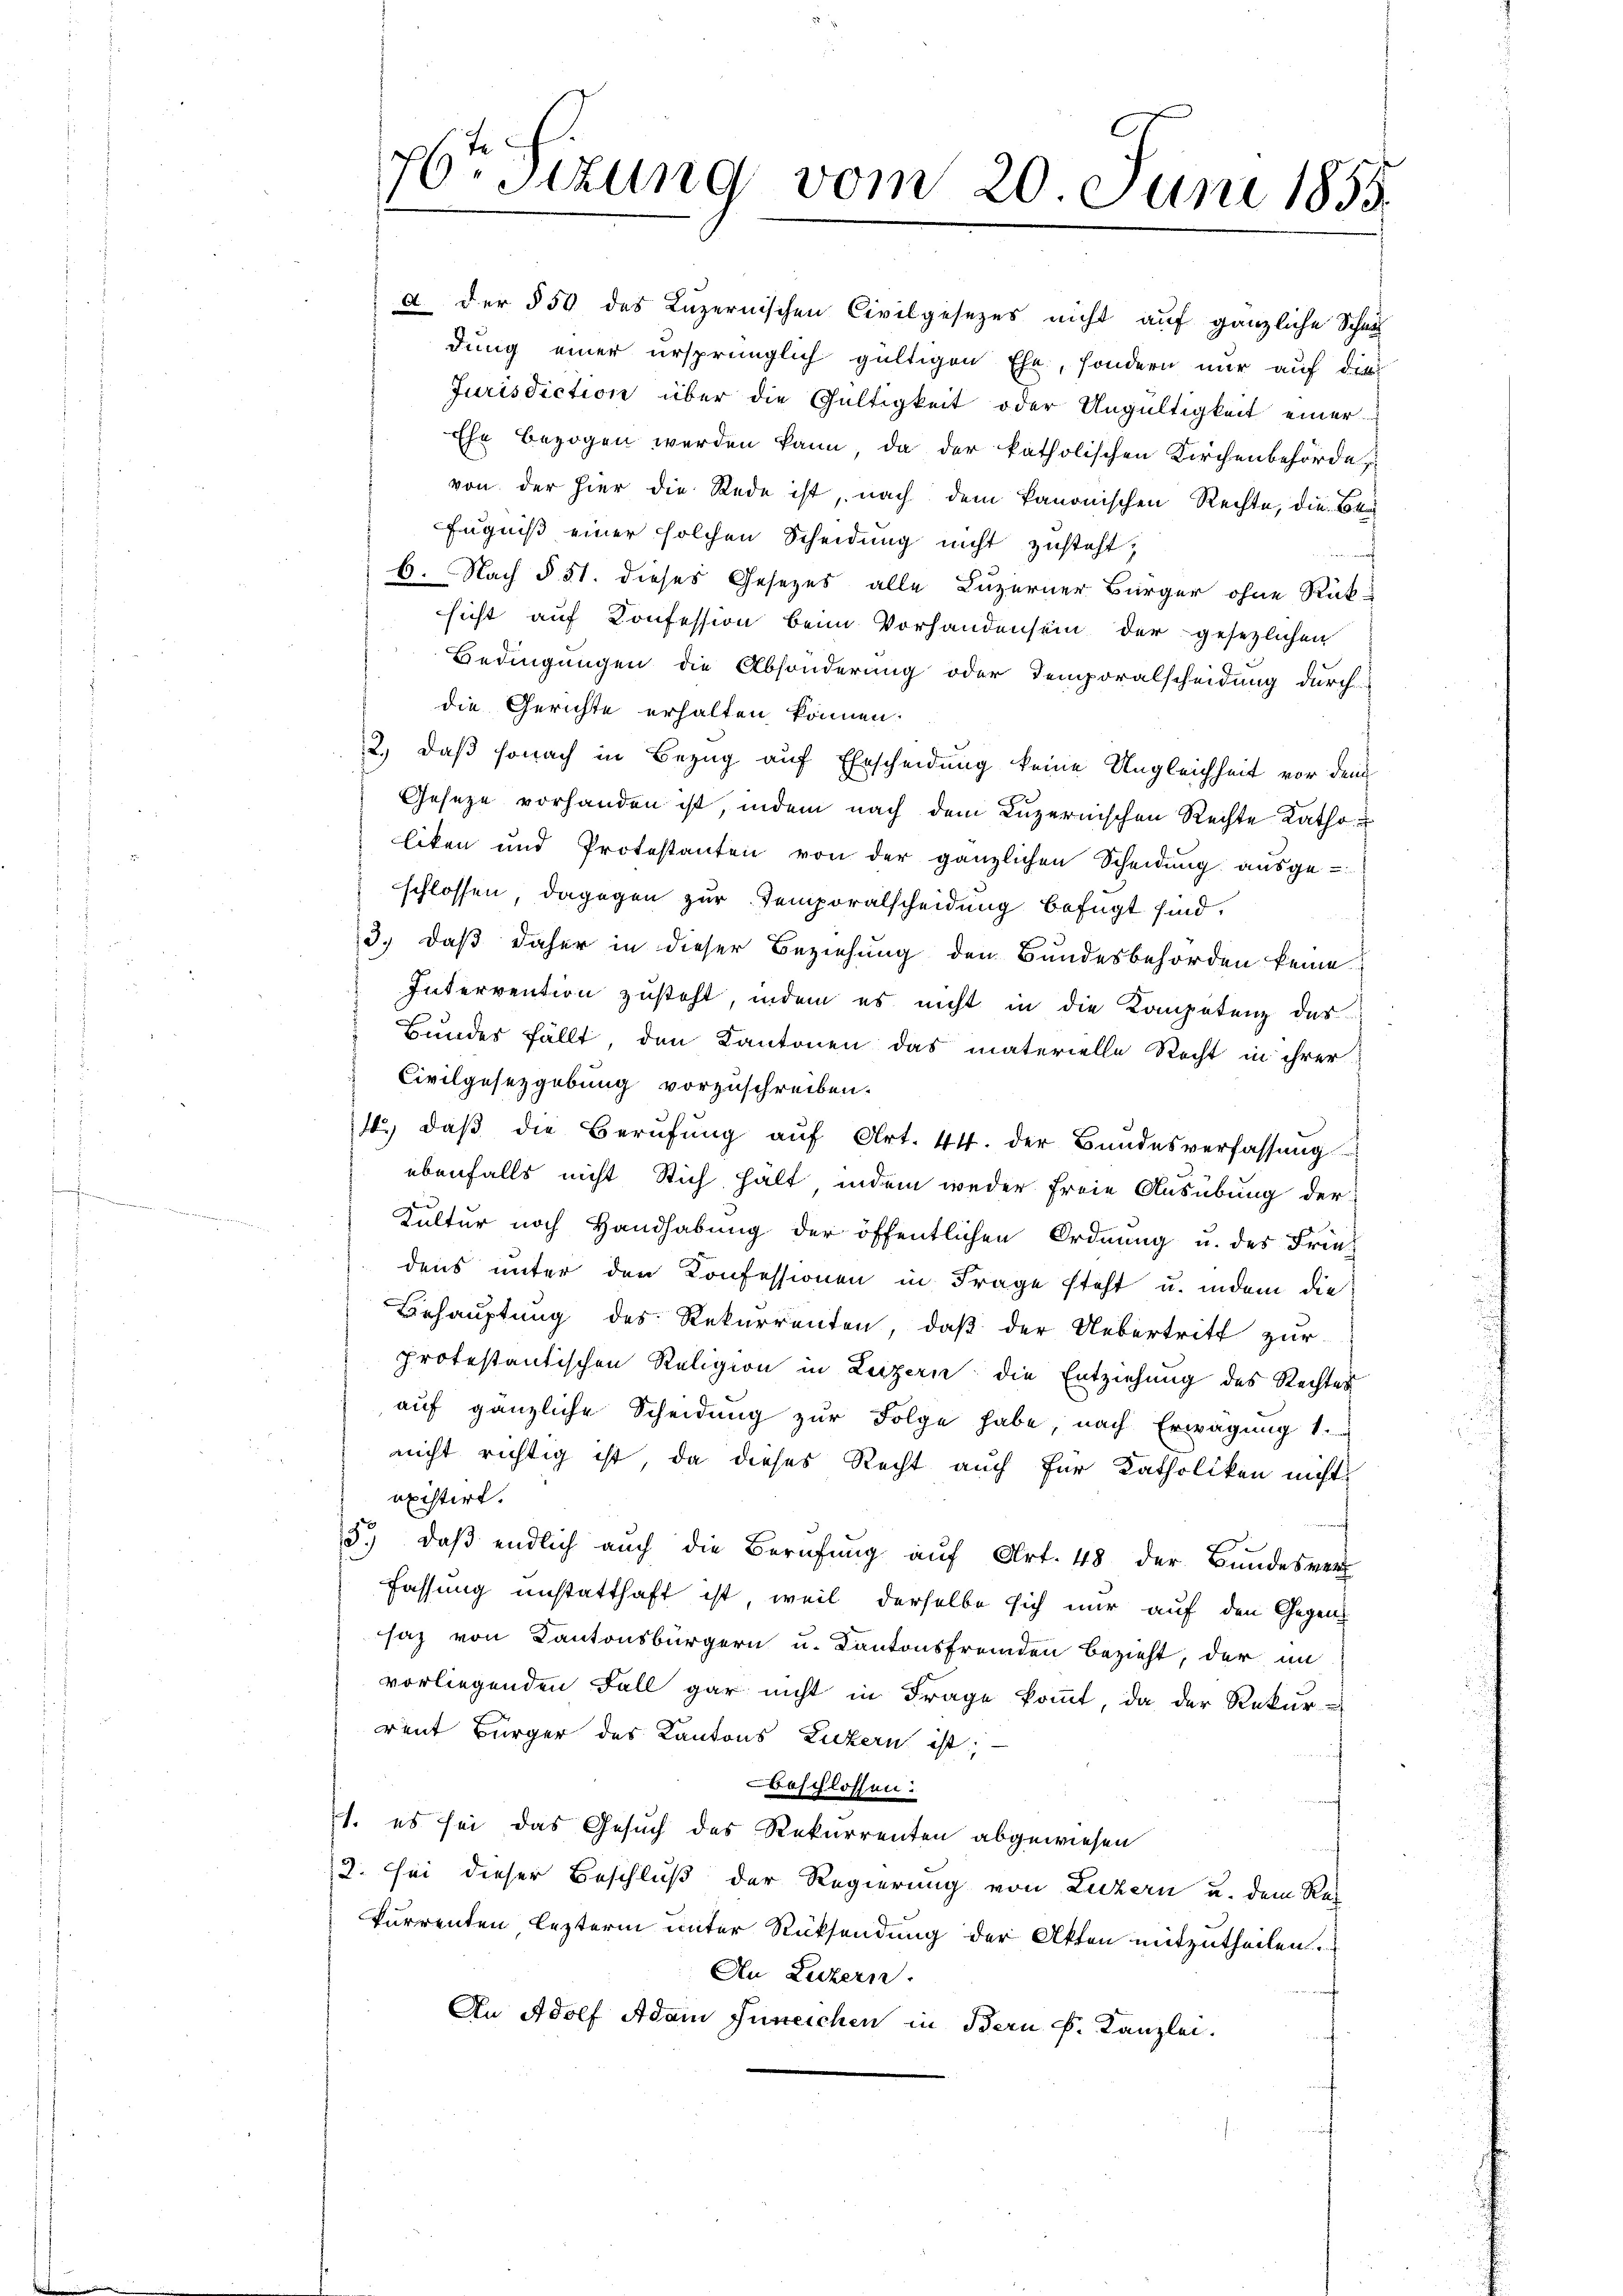
76. Sitzung vom 20 Juni 1855.

a. Der § 50 das Luzernischen Civilgesezes nicht auf gänzliche Schau
dung einer ursprünglich gültigen Ehe, sondern nur auf die
Jurisdiction über die Gültigkeit oder Ungültigkeit einer
Ehe bezogen werden kann, da der katholischen Kirchenbehörde
von der hier die Rede ist, nach dem kanonischen Rechte, die Bra
Eugniß einer solchen Scheidung nicht zusteht,
f
6. Nach § 51. dieses Gesezes alle Luzerner Bürger ohne Rück-
sicht auf Konfession beim Vorhandensein der gesezlichen
Bedingungen die Absonderung oder Temporalscheidung durch
die Gerichte erhalten können.
2., daß sonach in Bezug auf Erscheidung keine Ungleichheit vor dem
Geseze vorhanden ist, indem nach dem Luzernischen Rechte Katho
liken und Protestanten von der gänzlichen Scheidŭng aŭsge-
schlossen, dagegen zur Temporalscheidung befügt sind.
3., daß daher in dieser Beziehung den Bundesbehörden keine
Intervention zusteht, indem es nicht in die Kompetenz des
Bundes fällt, den Kantonen das materielle Recht in ihrer
Civilgesetzgebung vorzuschreiben.
14. daβ die Berŭfŭng aŭf Art. 44. der Bŭndesverfassŭng
ebenfalls nicht Stich halt indem weder freie Ausübung der
Kultur noch Handhabung der öffentlichen Ordnung u. des Frie
dens unter den Konfessionen in Frage steht u. indem die
Behauptung des Rekurrenten, daß der Uebertritt zur
protestantischen Religion in Luzern die Entziehung des Rechtes
aŭf gänzliche Scheidung zur Folge habe, nach Erwägung 1.
nicht richtig ist, da dieses Recht auch für Katholiken nicht
uxistirt.
5. daβ endlich auch die Berufung aŭf Art. 48 der Bŭndesver-
Fassung anstatthaft ist, weil derselbe sich nur auf den Gegensaz von Kantonsbürgern u. Kantonsfremden bezieht, der im
vorliegenden Fall gar nicht in Frage kommt, da der Rekurrent Bürger des Kantons Luzern ist,
beschlossen.
1. es sei das Gesuch des Rekurrenten abgewiesen
2. Sei dieser Beschluß der Regierung von Luzern u. dem Res
kurrenten lezterm unter Rücksendung der Akten mitzutheilen.
An Luzern.
An Adolf Adam Juneichen in Bern k. Kanzlei.